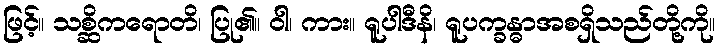
ဖြင့်။ သစ္ဆိကရောတိ၊ ပြု၏။ ဝါ၊ ကား။ ရူပါဒီနိ၊ ရူပက္ခန္ဓာအစရှိသည်တို့ကို။